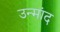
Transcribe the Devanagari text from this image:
उन्मांद